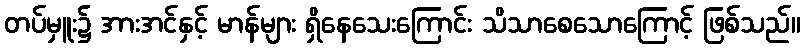
တပ်မှူး၌ အားအင်နှင့် မာန်များ ရှိနေသေးကြောင်း သိသာစေသောကြောင့် ဖြစ်သည်။